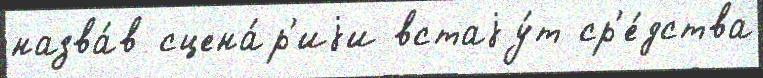
назва́в сцена́р'иjи встаjу́т ср'е́дства